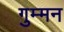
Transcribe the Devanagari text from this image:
गुम्मन